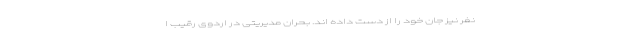
نفر نیز جان خود را از دست داده اند. بحران مدیریتی در اردوی رقیب ا